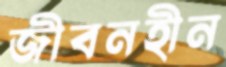
জীবনহীন